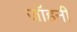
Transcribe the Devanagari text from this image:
जॉहनी